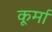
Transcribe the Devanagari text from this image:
कूर्मा